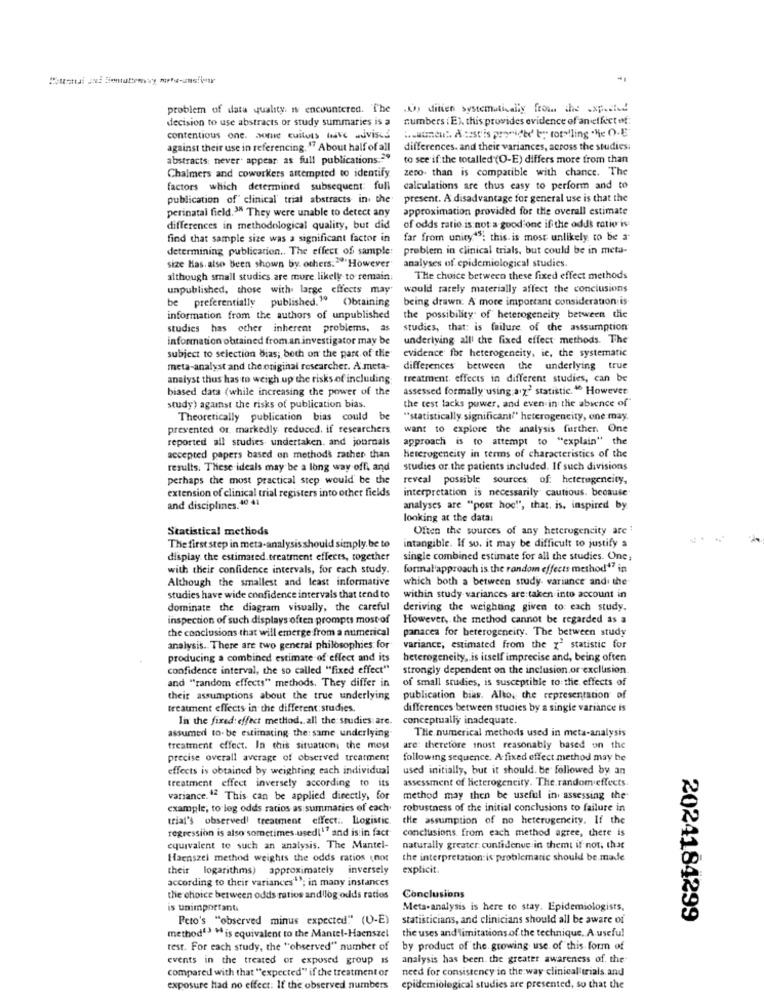
-
problem of data quality. is encountered. The JU, ditien systematically from the .xp.cted
decision to use abstracts or study summaries is a
numbers ( E), this provides evidence of an effet of:
Watneuit, A testis provided by torolling .he O.E
contentious one. some cuilots have advises
against their use in referencing. " About half of all
differences. and their variances, across the studies.
abstracts: never appear as full publications."""
to see if the totalled (O-E) differs more from than
zeno. than is compatible with chance. The
Chalmers and coworkers attempted to identify
factors which determined subsequent: full
calculations are thus easy to perform and to
publication of clinical trial abstracts in the
present. A disadvantage for general use is that the
perinatal field." They were unable to detect any
approximation provided for the overall estimate
differences in methodological quality, but did
of odds ratio is not a good one if the odds ratio is
find that sample size was a significant factor in
far from unity."; this is most unlikely to be a
determining publication .. The effect of sample:
problem in clinical trials, but could be in meta-
analyses of epidemiological studies.
size Has. also Been shown by. others. "However
although small studies are more likely to remain:
The choice between these fixed effect methods
unpublished, those with large effects may
would rarely materially affect the conclusions
be preferentially published." Obtaining
being drawn. A more important consideration is
information from the authors of unpublished
the possibility of heterogeneity between the
studies has other inherent problems, as
studies, that: is failure of the asssumption
information obtained from an investigator may be
underlying all' the fixed effect methods. The
evidence for heterogeneity, ie, the systematic
subject to selection bias; both on the part of the
meta-analyst and the original researcher. A meta-
differences between the underlying true
analyst thus has to weigh up the risks of including
treatment. effects in different studies, can be
biased data (while increasing the power of the
assessed formally using aly statistic. " However
study) against the risks of publication bias.
the test lacks power, and even in the absence of"
Theoretically publication bias could be
** statistically significant"" heterogeneity, one may.
prevented or markedly reduced, if researchers
want to explore the analysis further. One
reported all studies undertaken. and journals
approach is to attempt to "explain" the
accepted papers based on methods rather than
heterogeneity in terms of characteristics of the
results. These ideals may be a long way off, and
studies or the patients included. If such divisions
perhaps the most practical step would be the
reveal possible sources of: heterogeneity,
extension of clinical trial registers into other fields
interpretation is necessarily cautious. because
and disciplines. 40 41
analyses are "post hoc!", that, is, inspired by
looking at the datai
Statistical methods
Often the sources of any heterogeneity are ;
The first step in meta-analysis should simply. be to
intangible. If so. it may be difficult to justify a
display the estimated. treatment effects, together
single combined estimate for all the studies. One:
with their confidence intervals, for each study.
formal 'approach is the random effects method47 in
Although the smallest and least informative
which both a between study. variance and the
studies have wide confidence intervals that tend to
within study variances are taken into account in
dominate the diagram visually, the careful
deriving the weighting given to: each study.
inspection of such displays often prompts most of
However, the method cannot be regarded as a
panacea for heterogeneity. The between study
the conclusions that will emerge from a numerical
analysis. There are two general philosophies for
variance, estimated from the x statistic for
producing a combined estimate of effect and its
heterogeneity, is itself imprecise and, being often
confidence interval, the so called "fixed effect"
strongly dependent on the inclusion or exclusion.
of small studies, is susceptible to the effects of
and "random effects" methods. They differ in
their assumptions about the true underlying
publication bias. Altos the representation of
treatment effects in the different:studies.
differences between studies by a single variance is
In the fixed: effect method .. all the studies are.
conceptually inadequate
assumed to-be estimating the same underlying
The numerical methods used in meta-analysis
treatment effect. In this situation; the mou
are: therefore inost reasonably based on the
precise overall average of observed treatment
following sequence. A-fixed effect method may he
effects is obtained by weighting each individual
used initially, but it should. be followed by an
assessment of Heterogeneity. The random effects
treatment effect inversely according to its
variance.12 This can be applied directly, for
method may then be useful in assessing the
example, to log odds ratios as summaries of each
robustness of the initial conclusions to failure in
trial's observed! treatment effect .. Logistic.
the assumption of no heterogeneity. If the
regression is also sometimes used[17 and is in fact
conclusions from each method agree, there is
equivalent to such an analysis. The Mantel-
naturally greater cuntidenve in themt if not, that
Haenszel method weights the odds ratios (not
the interpretation is problematic should be made
their logarithms) approximately inversely
explicit.
according to their variances''; in many instances
the choice between odds ratios and log odds ratios
Conclusions
is unimportant
Meta-analysis is here to stay. Epidemiologists,
Peto's "observed minus expected" (U-E)
statisticians, and clinicians should all be aware of
2024184299
method"> "is equivalent to the Mantel-Haenszel
the uses and limitations of the technique. A useful
rest. For each study, the "observed" number of
by product of the. growing use of this form of
events in the treated or exposed group is
analysis has been. the greater awareness of. the
compared with that "expected" if the treatment or
need for consistency in the way clinical trials and
exposure Had no effect: If the observed numbers
epidemiological studies are presented, so that the